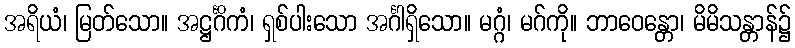
အရိယံ၊ မြတ်သော။ အဋ္ဌင်္ဂိကံ၊ ရှစ်ပါးသော အင်္ဂါရှိသော။ မဂ္ဂံ၊ မဂ်ကို။ ဘာဝေန္တော၊ မိမိသန္တာန်၌